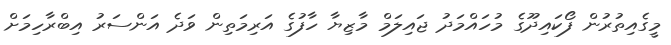
މީގެއިތުރުން ފޯކައިދޫގެ މުހައްމަދު ޖައިލަމް މާޒިޔާ ހާފުގެ އަރިމަތިން ވަދެ އަންސަރު އިބްރާހިމަށް